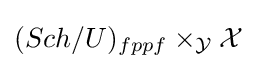
(Sch/U)_{fppf}\times _{\mathcal {Y}}{\mathcal {X}}